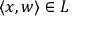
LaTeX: \langle x , w \rangle \in L